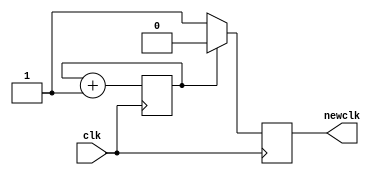
`timescale 1ns / 1ps
//////////////////////////////////////////////////////////////////////////////////
// Company: 
// Engineer: 
// 
// Design Name: 
// Module Name:    clk 
// Project Name: 
// Target Devices: 
// Tool versions: 
// Description: 
//
// Dependencies: 
//
// Revision: 
// Revision 0.01 - File Created
// Additional Comments: 
//
//////////////////////////////////////////////////////////////////////////////////
module clk(input clk,output reg newclk
    );
reg count = 0;

  always @ (posedge clk) begin
  if(count == 0) begin
    newclk <=1'b1;
	 count <= count+1;
  end
  else  begin
  newclk <= 1'b0;
  count <= count +1; 
  end
  end

endmodule